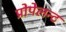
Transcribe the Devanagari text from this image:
प्रोपेलन्ट